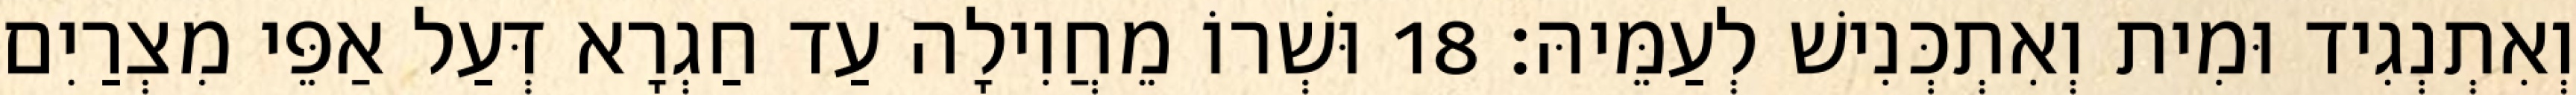
וְאִתְנְגִיד וּמִית וְאִתְכְּנִישׁ לְעַמֵּיהּ׃ 18 וּשְׁרוֹ מֵחֲוִילָה עַד חַגְרָא דְּעַל אַפֵּי מִצְרַיִם